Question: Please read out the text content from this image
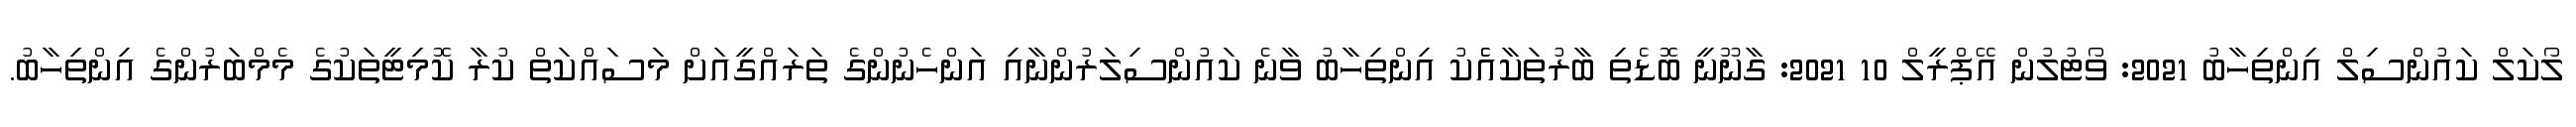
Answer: ލޯކަލް ކައުންސިލް އިންތިހާބު 2021: ވޯޓުލުން އޭޕްރީލް 10 2021: ގާނޫނީ ބޮޑެތި ބާރުތަކާއެެކު އިންތިހާބު ވާނެ ކައުންސިލަރުންނާއި އަންހެނުންގެ ތަރައްގީއަށް މަސައްކަތް ކުރާ ކޮމިޓީތަކުގެ މެމްބަރުންގެ އިންތިހާބު.